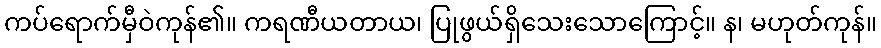
ကပ်ရောက်မှီဝဲကုန်၏။ ကရဏီယတာယ၊ ပြုဖွယ်ရှိသေးသောကြောင့်။ န၊ မဟုတ်ကုန်။